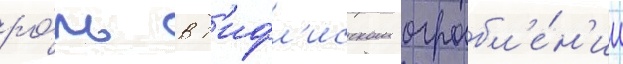
ро́ль в т'ифл'исском ограбл'е́н'ии